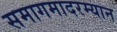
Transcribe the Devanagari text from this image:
समागमादरम्यान